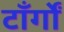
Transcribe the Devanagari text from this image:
टाँर्गों